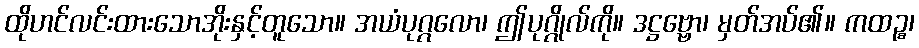
ထိုဟင်လင်းထားသောအိုးနှင့်တူသော။ အယံပုဂ္ဂလော၊ ဤပုဂ္ဂိုလ်ကို။ ဒဋ္ဌဗ္ဗော၊ မှတ်အပ်၏။ ကထဉ္စ၊